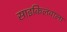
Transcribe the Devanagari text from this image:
साइकिलवाला